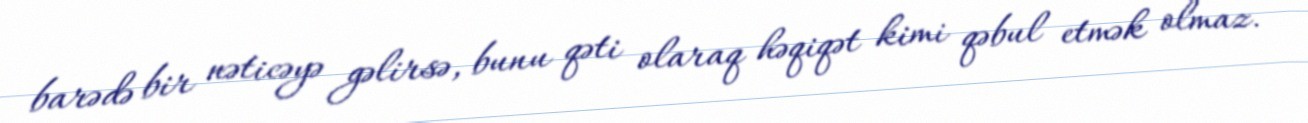
barədə bir nəticəyə gəlirsə, bunu qəti olaraq həqiqət kimi qəbul etmək olmaz.